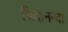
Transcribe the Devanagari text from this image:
चिदानन्दा